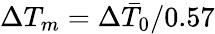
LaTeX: \Delta T_{m}=\Delta\bar{T}_{0}/0.57